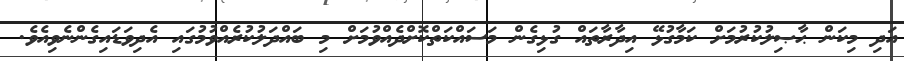
އަދި މިކަން ޙާޞިލުކުރުމަށް ކަމާގުޅޭ އިދާރާތައް ގުޅިގެން މަސައްކަތްކޮށްދެއްވުމަށް މި ބައްދަލުކުރެއްވުމުގައި އެދިވަޑައިގެންނެވިއެވެ.